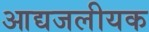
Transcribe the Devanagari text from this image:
आद्यजलीयक